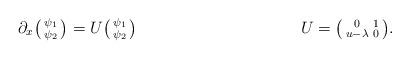
LaTeX: \begin{align*}\partial_x\big(\begin{smallmatrix}\psi_1\\\psi_2\end{smallmatrix}\big)&=U\big(\begin{smallmatrix}\psi_1\\\psi_2\end{smallmatrix}\big)&&&U&=\big(\begin{smallmatrix}0&1\\u-\lambda&0\end{smallmatrix}\big).\end{align*}